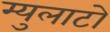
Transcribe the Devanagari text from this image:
म्युलाटो